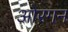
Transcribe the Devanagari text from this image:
ओरगन